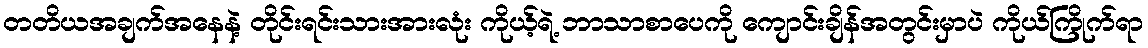
တတိယအချက်အနေနဲ့ တိုင်းရင်းသားအားလုံး ကိုယ့်ရဲ့ ဘာသာစာပေကို ကျောင်းချိန်အတွင်းမှာပဲ ကိုယ်ကြိုက်ရာ